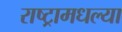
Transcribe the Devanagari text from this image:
राष्ट्रामधल्या